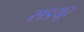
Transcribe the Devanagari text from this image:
सडयूर